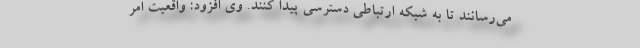
می‌رسانند تا به شبکه ارتباطی دسترسی پیدا کنند. وی افزود: واقعیت امر